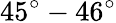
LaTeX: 45^{\circ}-46^{\circ}